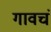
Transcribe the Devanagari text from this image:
गावचं